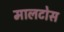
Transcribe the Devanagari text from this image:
मालटोस